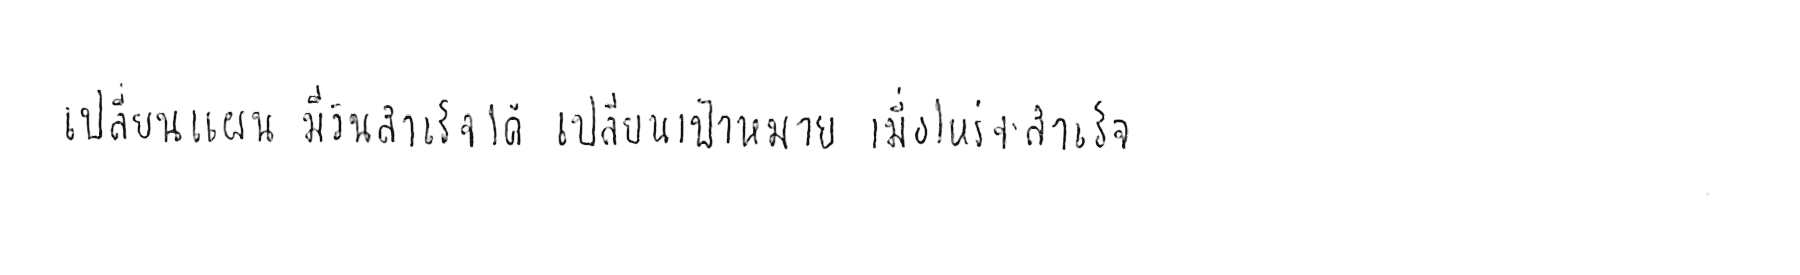
เปลี่ยนแผน มีวันสำเร็จได้ เปลี่ยนเป้าหมาย เมื่อไหร่จะสำเร็จ